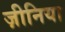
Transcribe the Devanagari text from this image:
ज़ीनिया